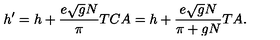
h ^ { \prime } = h + \frac { e \sqrt { g } N } { \pi } T C A = h + \frac { e \sqrt { g } N } { \pi + g N } T A .